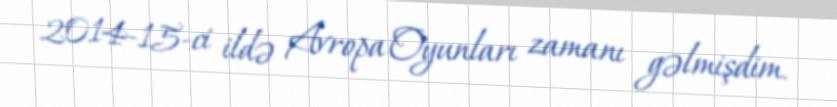
2014-15-ci ildə Avropa Oyunları zamanı gəlmişdim.